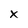
Character: x